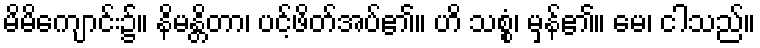
မိမိကျောင်း၌။ နိမန္တိတာ၊ ပင့်ဖိတ်အပ်၏။ ဟိ သစ္စံ၊ မှန်၏။ မေ၊ ငါသည်။